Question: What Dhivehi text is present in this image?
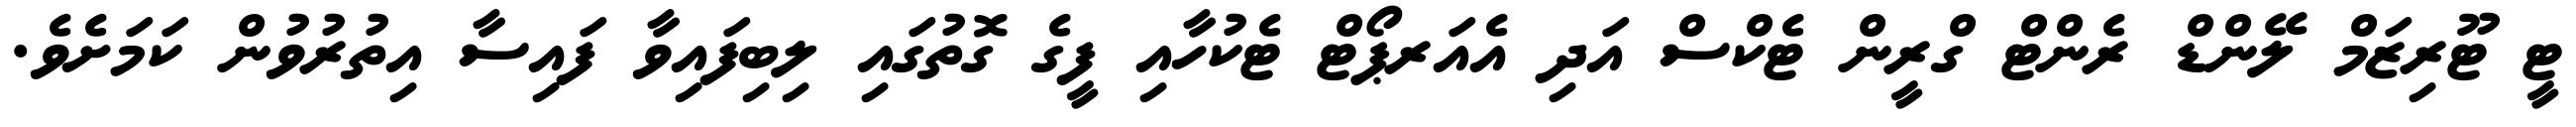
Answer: ޓީ ޓޫރިޒަމް ލޭންޑް ރެންޓް ގްރީން ޓެކްސް އަދި އެއަރޕޯޓް ޓެކުހާއި ފީގެ ގޮތުގައި ލިބިފައިވާ ފައިސާ އިތުރުވުން ކަމަށެވެ.